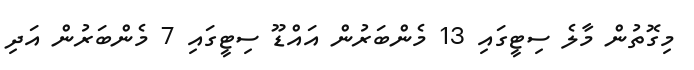
މިގޮތުން މާލެ ސިޓީގައި 13 މެންބަރުން އައްޑޫ ސިޓީގައި 7 މެންބަރުން އަދި